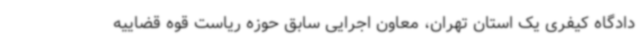
دادگاه کیفری یک استان تهران، معاون اجرایی سابق حوزه ریاست قوه قضاییه